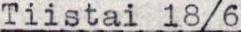
Tiistai 18/6